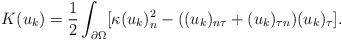
LaTeX: \begin{align*}K(u_k)=\dfrac{1}{2}\int_{\partial\Omega}[\kappa(u_k)_n^2-((u_k)_{n\tau}+(u_k)_{\tau n})(u_k)_\tau].\end{align*}